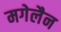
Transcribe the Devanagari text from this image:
मगेलैन